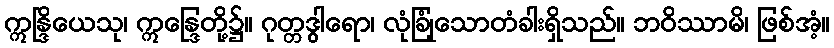
ဣန္ဒြိယေသု၊ ဣန္ဒြေတို့၌။ ဂုတ္တဒွါရော၊ လုံခြုံသောတံခါးရှိသည်။ ဘဝိဿာမိ၊ ဖြစ်အံ့။